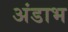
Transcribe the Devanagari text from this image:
अंडाभ